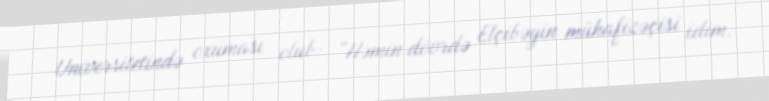
Universitetində oxuması olub: “Həmin dövrdə Elçibəyin mühafizəçisi idim.